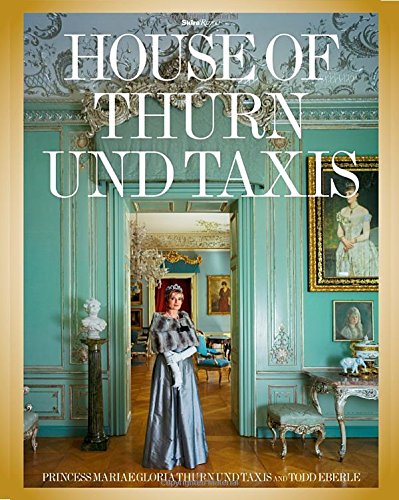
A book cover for The House of Thurn und Taxis; Crafts, Hobbies & Home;